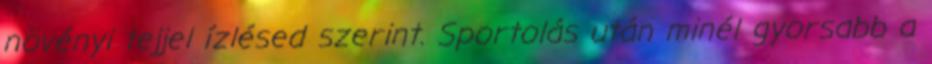
növényi tejjel ízlésed szerint. Sportolás után minél gyorsabb a